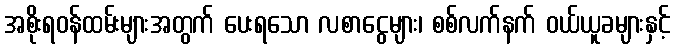
အစိုးရဝန်ထမ်းများအတွက် ပေးရသော လစာငွေများ၊ စစ်လက်နက် ဝယ်ယူခများနှင့်